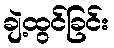
ချဲ့ထွင်ခြင်း